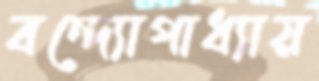
বন্দ্যোপাধ্যায়